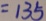
= 1 3 5